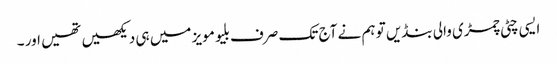
ایسی چٹی چمڑی والی بنڈیں تو ہم نے آج تک صرف بلیو مویز میں ہی دیکھیں تھیں اور ۔